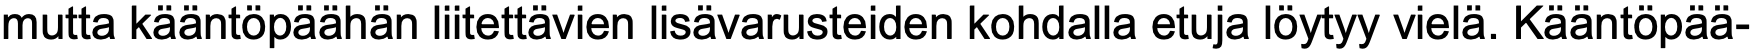
mutta kääntöpäähän liitettävien lisävarusteiden kohdalla etuja löytyy vielä. Kääntöpää-